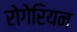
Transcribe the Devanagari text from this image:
रोगेरियन